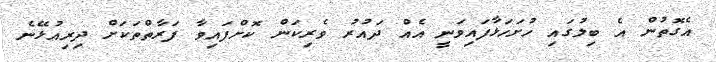
އެގޮތުން އެ ބިލުގައި ހުށަހަޅާފައިވަނީ އެއް ދައުރު ވެރިކަން ކޮށްފައިވާ ފަރާތްތަކަށް ދިރިއުޅޭނެ